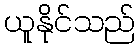
ယူနိုင်သည်